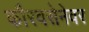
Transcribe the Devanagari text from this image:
कौरवसेनेवर